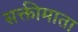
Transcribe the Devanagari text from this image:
सक्तीमाता